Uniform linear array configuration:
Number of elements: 32
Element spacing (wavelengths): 0.25
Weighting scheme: binomial
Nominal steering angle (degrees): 0
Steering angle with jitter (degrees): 0.3966
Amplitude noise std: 0.05
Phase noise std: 0.05

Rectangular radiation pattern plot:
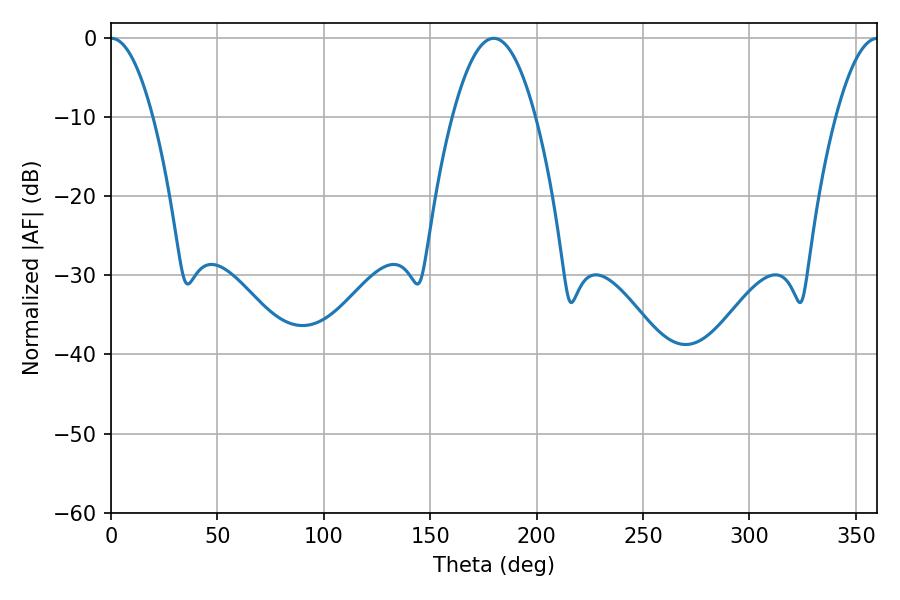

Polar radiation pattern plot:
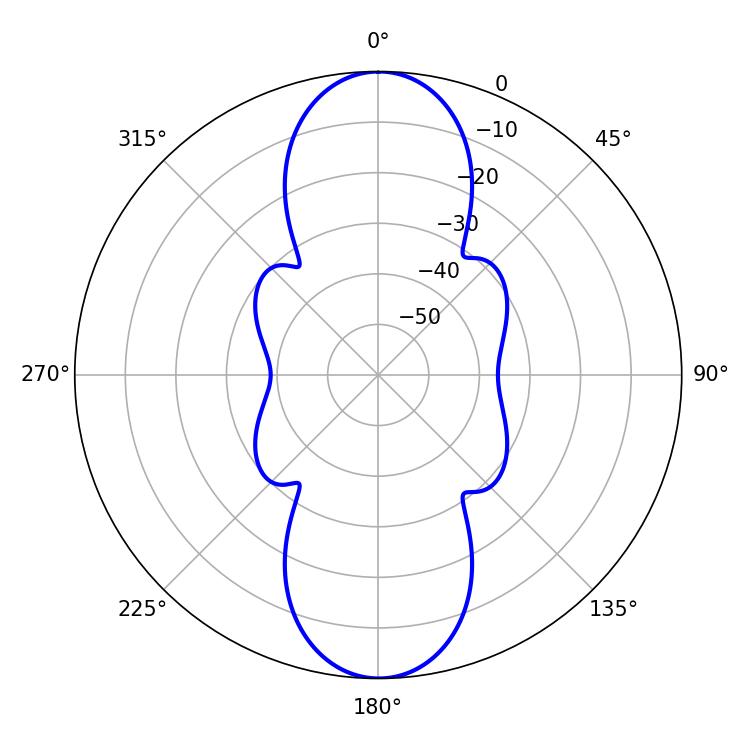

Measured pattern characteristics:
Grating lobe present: FALSE
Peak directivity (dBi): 29.87
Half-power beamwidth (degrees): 10.8
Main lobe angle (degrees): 0.18